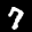
Label: 7